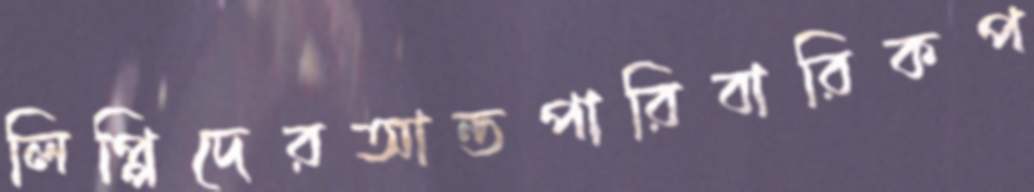
লিপ্পিদেরআন্তপারিবারিকপ